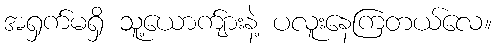
အရှက်မရှိ သူ့ယောက်ျားနဲ့ ပလူးနေကြတယ်လေ။